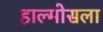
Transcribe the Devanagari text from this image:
हाल्मोसला